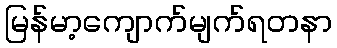
မြန်မာ့ကျောက်မျက်ရတနာ